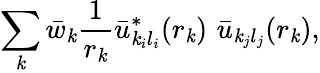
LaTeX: \sum_{\mathit{k}}\bar{{w}}_{\mathit{k}}\frac{{1}}{{r_{\mathit{k}}}}\bar{{u}}_{\mathit{k}_{i}l_{i}}^{*}(r_{\mathit{k}})\, \, \bar{{u}}_{\mathit{k}_{j}l_{j}}(r_{\mathit{k}}),